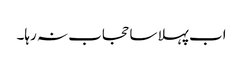
اب پہلا سا حجاب نہ رہا۔